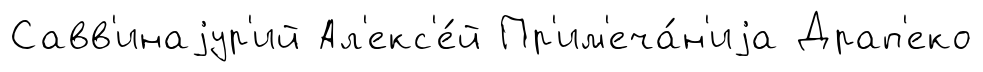
Савв'инаjур'ий Ал'екс'е́й Пр'им'еча́н'иjа Драп'еко